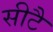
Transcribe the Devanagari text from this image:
सीटै